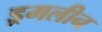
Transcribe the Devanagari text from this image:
ड्रमलीन